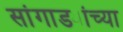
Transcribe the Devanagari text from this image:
सांगाड्यांच्या